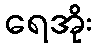
ရေအိုး